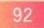
92